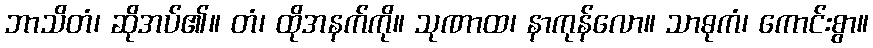
ဘာသိတံ၊ ဆိုအပ်၏။ တံ၊ ထိုအနက်ကို။ သုဏာထ၊ နာကုန်လော။ သာဓုကံ၊ ကောင်းစွာ။